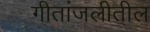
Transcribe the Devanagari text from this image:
गीतांजलीतील